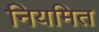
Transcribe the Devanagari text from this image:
नियमित